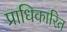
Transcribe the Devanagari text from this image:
प्राधिकारित